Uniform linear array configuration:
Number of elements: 8
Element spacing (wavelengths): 1
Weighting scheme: binomial
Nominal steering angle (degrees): -30
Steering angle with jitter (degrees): -30.847
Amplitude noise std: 0.05
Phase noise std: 0.05

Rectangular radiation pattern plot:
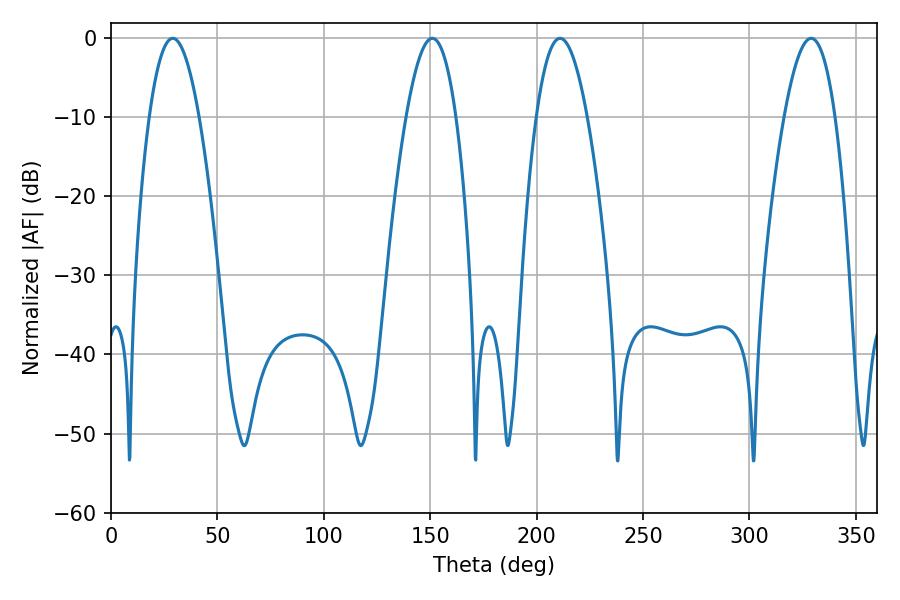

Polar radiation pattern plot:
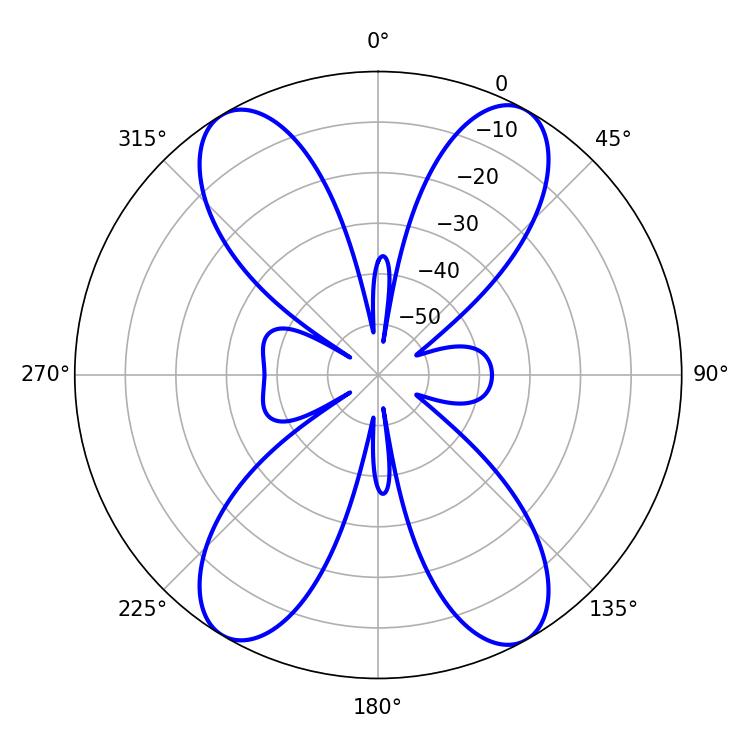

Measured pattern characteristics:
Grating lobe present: TRUE
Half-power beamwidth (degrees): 12.78
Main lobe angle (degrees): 28.98